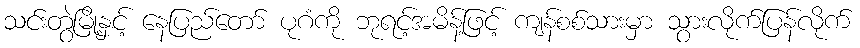
သင်းတွဲမြို့နှင့် နေပြည်တော် ပုဂံကို ဘုရင့်အမိန့်ဖြင့် ကျန်စစ်သားမှာ သွားလိုက်ပြန်လိုက်